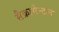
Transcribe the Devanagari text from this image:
सैक्रामेन्टम